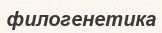
филогенетика